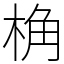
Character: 桷